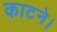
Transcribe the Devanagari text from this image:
काटने।